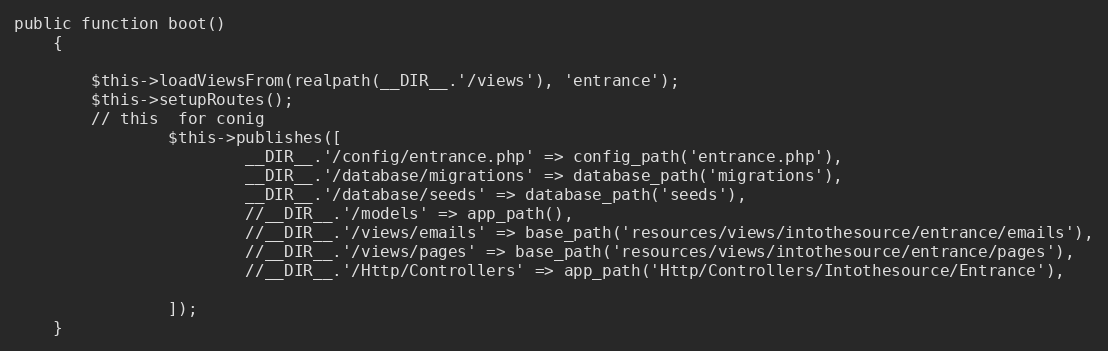
Language: PHP
public function boot()
    {

        $this->loadViewsFrom(realpath(__DIR__.'/views'), 'entrance');
        $this->setupRoutes();
        // this  for conig
                $this->publishes([
                        __DIR__.'/config/entrance.php' => config_path('entrance.php'),
                        __DIR__.'/database/migrations' => database_path('migrations'),
                        __DIR__.'/database/seeds' => database_path('seeds'),
                        //__DIR__.'/models' => app_path(),
                        //__DIR__.'/views/emails' => base_path('resources/views/intothesource/entrance/emails'),
                        //__DIR__.'/views/pages' => base_path('resources/views/intothesource/entrance/pages'),
                        //__DIR__.'/Http/Controllers' => app_path('Http/Controllers/Intothesource/Entrance'),

                ]);
    }